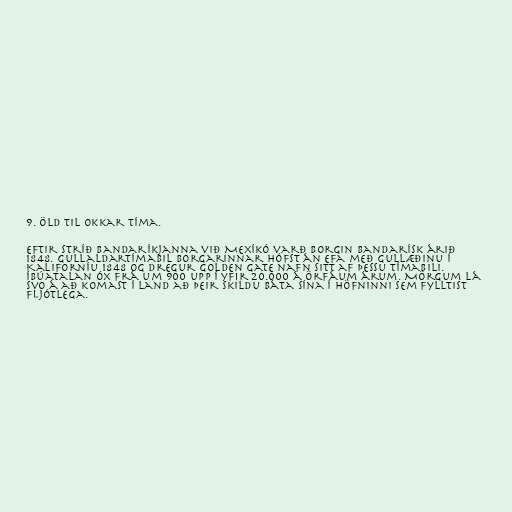
9. öld til okkar tíma.

Eftir stríð Bandaríkjanna við Mexíkó varð borgin bandarísk árið
1848. Gullaldartímabil borgarinnar hófst án efa með gullæðinu í
Kaliforníu 1848 og dregur Golden Gate nafn sitt af þessu tímabili.
Íbúatalan óx frá um 900 upp í yfir 20.000 á örfáum árum. Mörgum lá
svo á að komast í land að þeir skildu báta sína í höfninni sem fylltist
fljótlega.